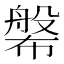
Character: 𱜷